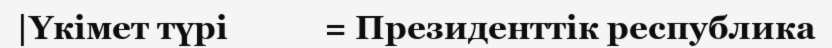
|Үкімет түрі            = Президенттік республика